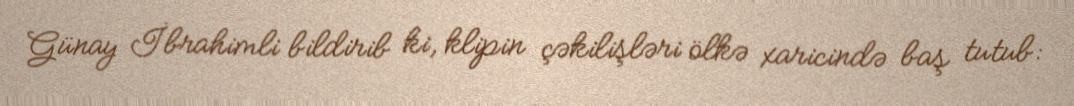
Günay İbrahimli bildirib ki, klipin çəkilişləri ölkə xaricində baş tutub: